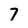
Character: 7